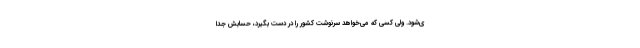
ی‌شود. ولی کسی که می‌خواهد سرنوشت کشور را در دست بگیرد، حسابش جدا